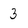
Character: 3